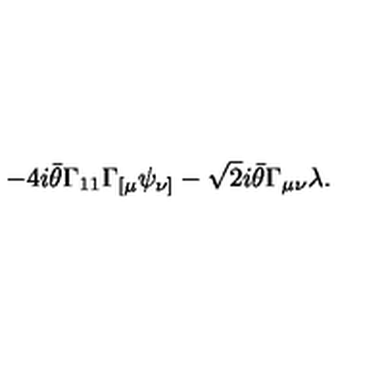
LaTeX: - 4 i \bar { \theta } \Gamma _ { 1 1 } \Gamma _ { [ \mu } \psi _ { \nu ] } - \sqrt { 2 } i \bar { \theta } \Gamma _ { \mu \nu } \lambda .